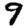
Digit: 9